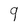
Character: 9